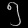
Digit: ၅